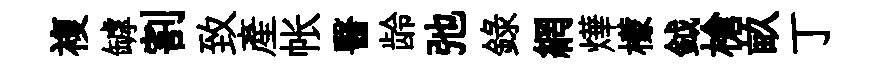
複罅割致產帐醫龄弛錄網燁檬鉞槍畝丁